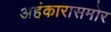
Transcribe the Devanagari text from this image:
अहंकारासमोर